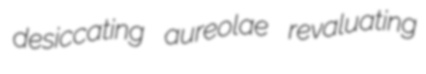
desiccating aureolae revaluating